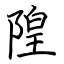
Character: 隍